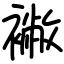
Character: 襒